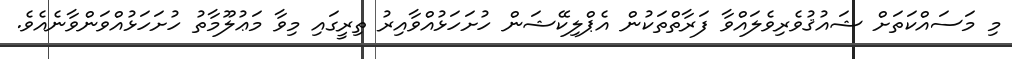
މި މަސައްކަތަށް ޝައުޤުވެރިވެލައްވާ ފަރާތްތަކުން އެޕްލިކޭޝަން ހުށަހަޅުއްވާއިރު ތިރީގައި މިވާ މަޢުލޫމާތު ހުށަހަޅުއްވަންވާނެއެވެ.